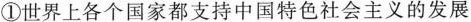
①世界上各个国家都支持中国特色社会主义的发展